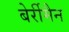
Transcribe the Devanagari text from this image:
बेर्रीमैन